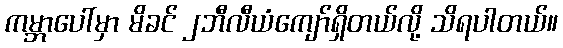
ကမ္ဘာပေါ်မှာ မိခင် ၂ဘီလီယံကျော်ရှိတယ်လို့ သိရပါတယ်။